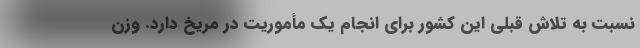
نسبت به تلاش قبلی این کشور برای انجام یک مأموریت در مریخ دارد. وزن